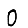
Digit: 0